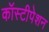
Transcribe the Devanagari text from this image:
कॉस्टीपेशन